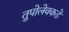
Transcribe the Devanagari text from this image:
तुपोलेवकडे